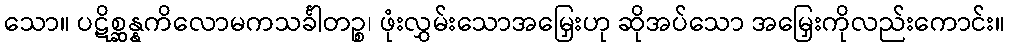
သော။ ပဋိစ္ဆန္နကိလောမကသင်္ခါတဉ္စ၊ ဖုံးလွှမ်းသောအမြှေးဟု ဆိုအပ်သော အမြှေးကိုလည်းကောင်း။